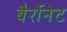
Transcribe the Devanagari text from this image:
बैर्रोनेट